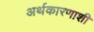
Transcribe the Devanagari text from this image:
अर्थकारणाशी